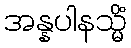
အန္နပါနသ္မိံ